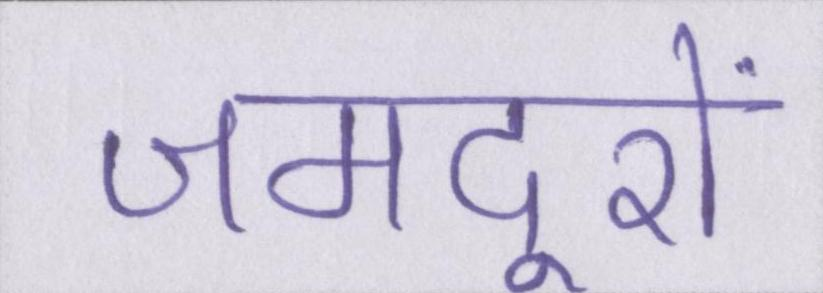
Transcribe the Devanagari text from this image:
जमदूरों